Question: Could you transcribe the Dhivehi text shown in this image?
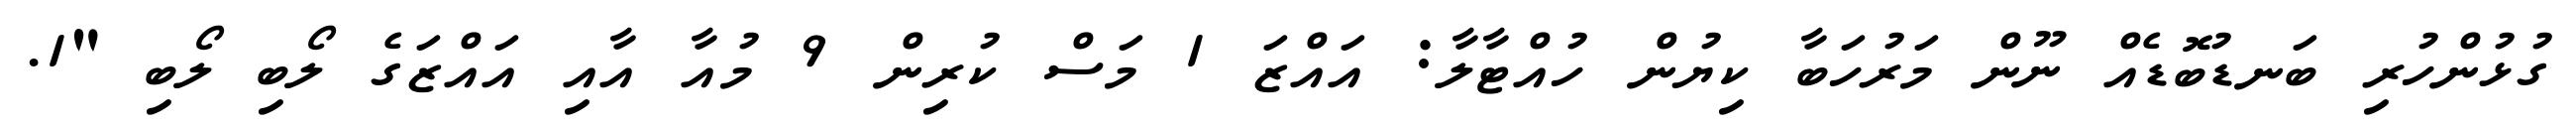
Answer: ގުޅުންހުރި ބަނޑުބޮޑެއް ނޫން މަރުހަބާ ކިޔުން ހުއްޓާލާ: އައްޒަ 1 މަސް ކުރިން 9 މުއާ އާއި އައްޒަގެ ލޯބި ލޯބި "1.